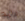
راية